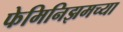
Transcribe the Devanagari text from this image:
फेमिनिझमच्या